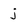
Character: j